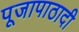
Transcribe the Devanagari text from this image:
पूजापाठादी